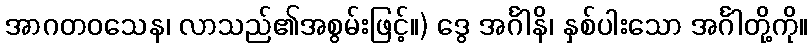
အာဂတဝသေန၊ လာသည်၏အစွမ်းဖြင့်။) ဒွေ အင်္ဂါနိ၊ နှစ်ပါးသော အင်္ဂါတို့ကို။